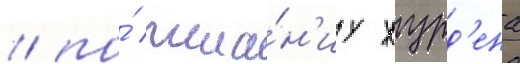
/ по́ жела́н'иу журд'ена